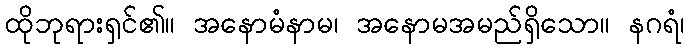
ထိုဘုရားရှင်၏။ အနောမံနာမ၊ အနောမအမည်ရှိသော။ နဂရံ၊